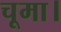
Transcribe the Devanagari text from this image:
चूमा।